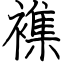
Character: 襍